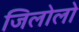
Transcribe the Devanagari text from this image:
जिलोलो